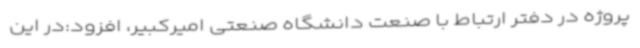
پروژه در دفتر ارتباط با صنعت دانشگاه صنعتی امیرکبیر، افزود:در این